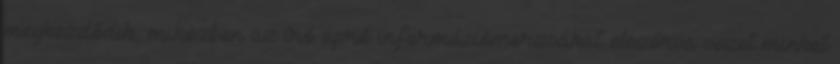
megkezdődik, miközben az író apró információmorzsákat elszórva vezet minket